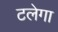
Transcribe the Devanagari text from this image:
टलेगा